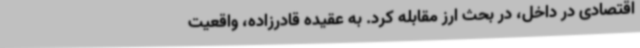
اقتصادی در داخل، در بحث ارز مقابله کرد. به عقیده قادرزاده، واقعیت